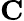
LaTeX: \mathbf C